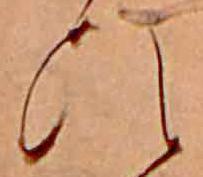
ひ